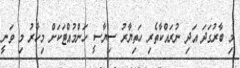
މި ބާރުގަދަ އަދި ނުރައްކާތެރި ހަތިޔާރު ސިޔާސީ ހަންމުއްޓަކަށް މިހާރު މި ވަނީ